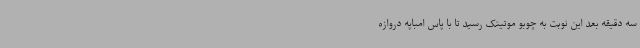
سه دقیقه بعد این نوبت به چوبو موتینک رسید تا با پاس امباپه دروازه